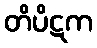
တိပိဋက